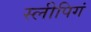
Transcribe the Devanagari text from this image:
स्लीपिगं